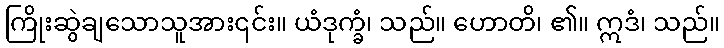
ကြိုးဆွဲချသောသူအား၎င်း။ ယံဒုက္ခံ၊ သည်။ ဟောတိ၊ ၏။ ဣဒံ၊ သည်။